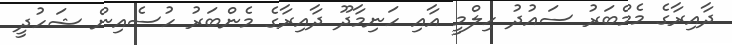
ދާއިރާގެ މެމްބަރު ސައުދު ހިލްމީ އާއި ހަނިމާދޫ ދާއިރާގެ މެންބަރު ހުސެއިން ޝަހުދީ